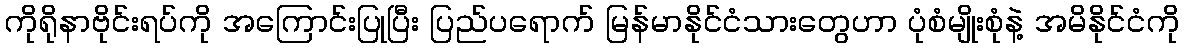
ကိုရိုနာဗိုင်းရပ်ကို အကြောင်းပြုပြီး ပြည်ပရောက် မြန်မာနိုင်ငံသားတွေဟာ ပုံစံမျိုးစုံနဲ့ အမိနိုင်ငံကို